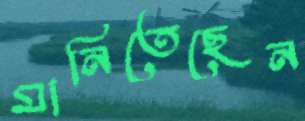
মানিতেছেন